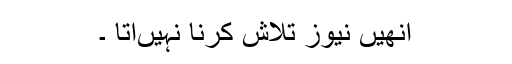
انھیں نیوز تلاش کرنا نہیںآتا ۔